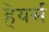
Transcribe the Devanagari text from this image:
हेयर्स